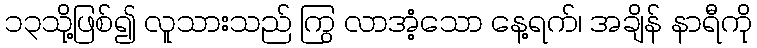
၁၃သို့ဖြစ်၍ လူသားသည် ကြွ လာအံ့သော နေ့ရက်၊ အချိန် နာရီကို